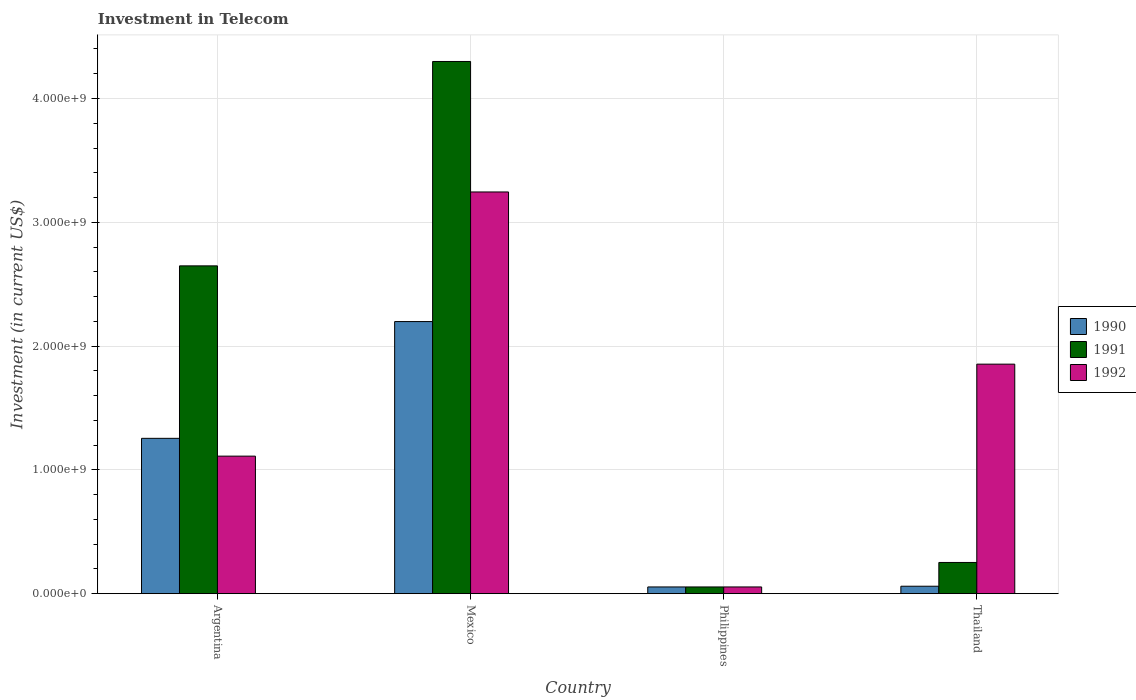
| Country | 1990 | 1991 | 1992 |
 | --- | --- | --- | --- |
 | Argentina | 1.25e+09 | 2.65e+09 | 1.11e+09 |
 | Mexico | 2.2e+09 | 4.3e+09 | 3.24e+09 |
 | Philippines | 5.42e+07 | 5.42e+07 | 5.42e+07 |
 | Thailand | 6e+07 | 2.52e+08 | 1.85e+09 |